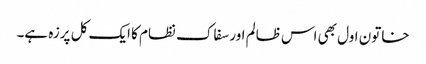
خاتون اول بھی اس ظالم اور سفاک نظام کا ایک کل پرزہ ہے۔